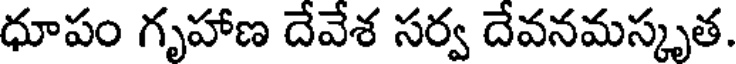
ధూపం గృహాణ దేవేశ సర్వ దేవనమస్కృత.